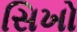
સિખો